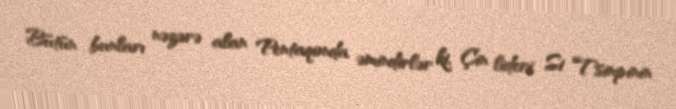
Bütün bunları nəzərə alan Pentaqonda əmindirlər ki, Çin lideri Si Tsinpinin